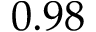
0 . 9 8